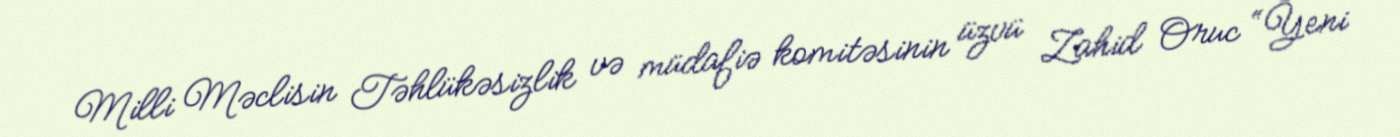
Milli Məclisin Təhlükəsizlik və müdafiə komitəsinin üzvü Zahid Oruc “Yeni